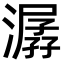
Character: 潺